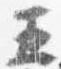
五